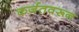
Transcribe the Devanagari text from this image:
कर्जतवरून